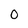
Character: 0